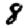
Digit: 8